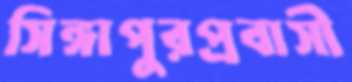
সিঙ্গাপুরপ্রবাসী